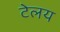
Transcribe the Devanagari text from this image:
टेलय